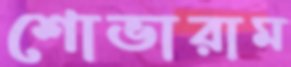
শোভারাম